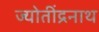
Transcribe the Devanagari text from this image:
ज्योतींद्रनाथ